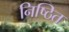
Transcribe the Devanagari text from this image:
निष्ठित